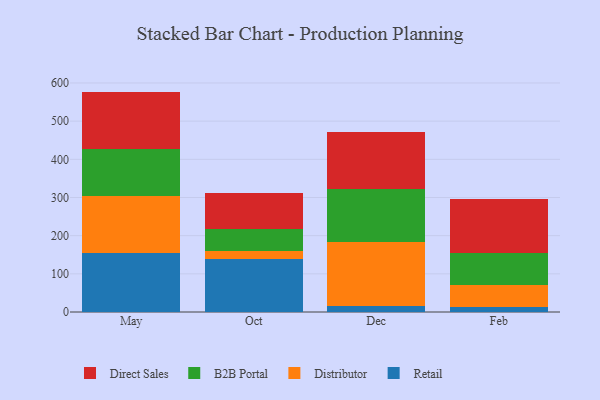
{"axis": {"x": "Month", "y": "Budget (USD K)"}, "legend": ["B2B Portal", "Direct Sales", "Distributor", "Retail"], "data": [{"x": "May", "y": 155.4, "type": "Retail"}, {"x": "May", "y": 147.7, "type": "Distributor"}, {"x": "May", "y": 124.5, "type": "B2B Portal"}, {"x": "May", "y": 149.8, "type": "Direct Sales"}, {"x": "Oct", "y": 139.4, "type": "Retail"}, {"x": "Oct", "y": 20.6, "type": "Distributor"}, {"x": "Oct", "y": 56.8, "type": "B2B Portal"}, {"x": "Oct", "y": 94.2, "type": "Direct Sales"}, {"x": "Dec", "y": 15.9, "type": "Retail"}, {"x": "Dec", "y": 166.9, "type": "Distributor"}, {"x": "Dec", "y": 140.2, "type": "B2B Portal"}, {"x": "Dec", "y": 149.0, "type": "Direct Sales"}, {"x": "Feb", "y": 12.7, "type": "Retail"}, {"x": "Feb", "y": 59.0, "type": "Distributor"}, {"x": "Feb", "y": 82.2, "type": "B2B Portal"}, {"x": "Feb", "y": 143.0, "type": "Direct Sales"}]}